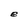
Character: e